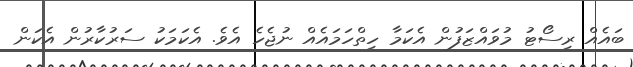
ބައެއް ރިސޯޓު މުވައްޒަފުން އެކަމާ ހިތްހަމައެއް ނުޖެހެ އެވެ. އެކަމަކު ސަރުކާރުން އެކަން